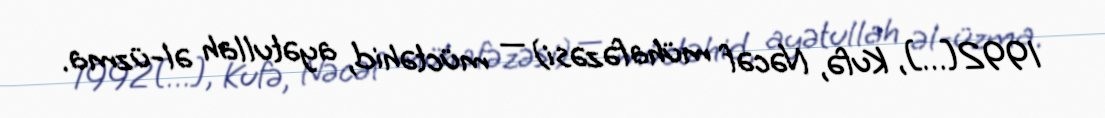
1992[…], Kufə, Nəcəf mühafəzəsi) — müctəhid, ayətullah əl-üzma.